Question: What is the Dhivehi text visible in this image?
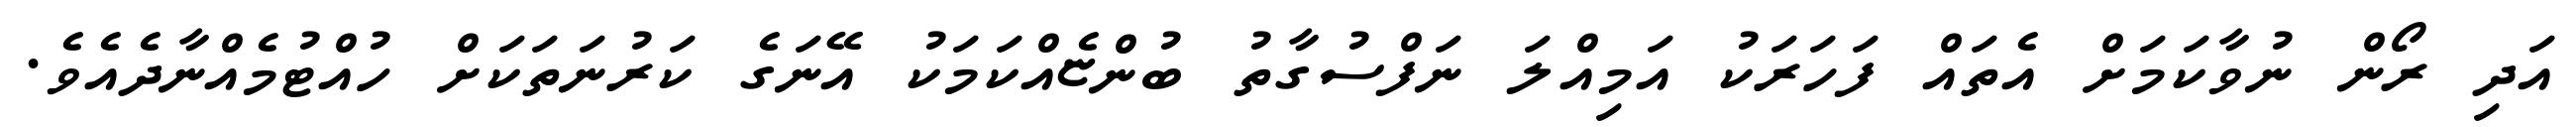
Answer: އަދި ރޯން ނުވާކަމަށް އެތައް ފަހަރަކު އަމިއްލަ ނަފްސުގާތު ބުންޏެއްކަމަކު އޭނަގެ ކަރުނަތަކަށް ހުއްޓުމެއްނާދެއެވެ.